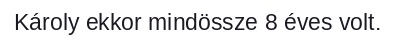
Károly ekkor mindössze 8 éves volt.